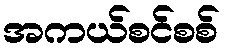
အကယ်စင်စစ်